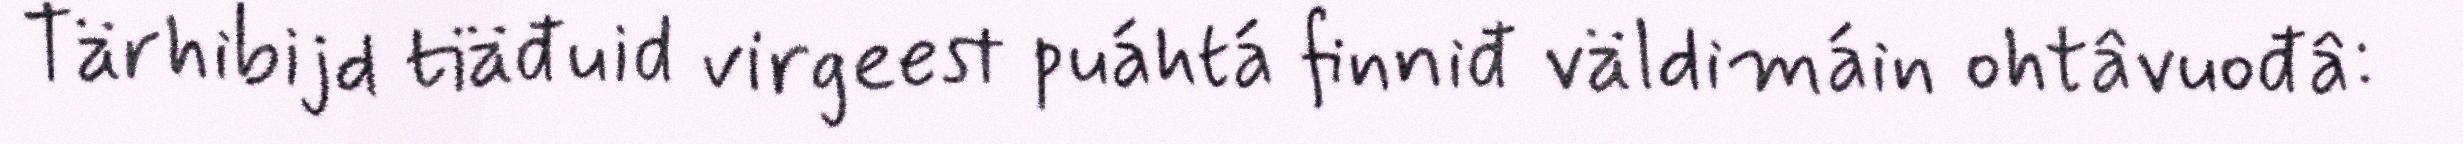
Tärhibijd tiäđuid virgeest puáhtá finniđ väldimáin ohtâvuođâ: